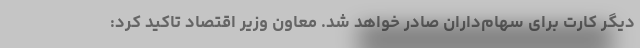
دیگر کارت برای سهام‌داران صادر خواهد شد. معاون وزیر اقتصاد تاکید کرد: